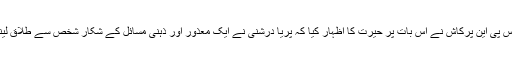
جب عدالت کے سامنے یہ مقدمہ پیش کیا گیا تو جسٹس پی این پرکاش نے اس بات پر حیرت کا اظہار کیا کہ پریا درشنی نے ایک معذور اور ذہنی مسائل کے شکار شخص سے طلاق لینے کے 8 سال بعد دوبارہ اس سے شادی کر لی تھی۔